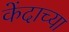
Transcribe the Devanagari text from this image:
केंदाच्या